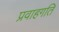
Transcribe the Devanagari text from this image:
प्रवाहगति